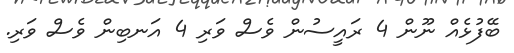
ބޭފުޅެއް ނޫން 4 ރައީސުން ވެސް ވަރި 4 އަނބިން ވެސް ވަރި.